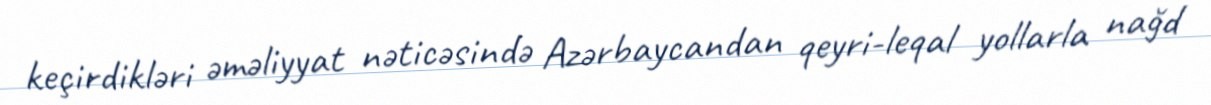
keçirdikləri əməliyyat nəticəsində Azərbaycandan qeyri-leqal yollarla nağd